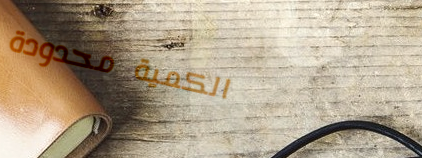
الكمية محدودة